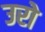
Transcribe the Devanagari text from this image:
उरो